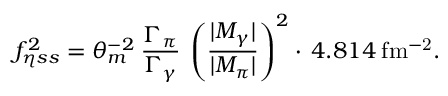
f _ { \eta s s } ^ { 2 } = { \theta _ { m } ^ { - 2 } } \: \frac { \Gamma _ { \pi } } { \Gamma _ { \gamma } } \: \left( \frac { | { \cal M } _ { \gamma } | } { | { \cal M } _ { \pi } | } \right) ^ { 2 } \cdot \, 4 . 8 1 4 \: \mathrm { f m ^ { - 2 } } .